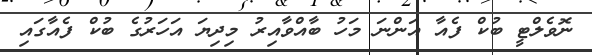
ނޮވެލްޓީ ބުކް ފެއާ އަންނަ މަހު ބާއްވާއިރު މިދިޔަ އަހަރުގެ ބުކް ފެއާގައި